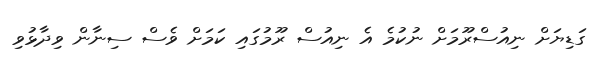
ގަޑިޔަށް ނިއުސްރޫމަށް ނުކުމެ އެ ނިއުސް ރޫމުގައި ކަމަށް ވެސް ސިނާން ވިދާޅުވި